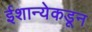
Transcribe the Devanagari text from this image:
ईशान्येकडून